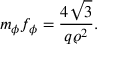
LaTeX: m _ { \phi } f _ { \phi } = \frac { 4 \sqrt { 3 } } { q \varrho ^ { 2 } } .